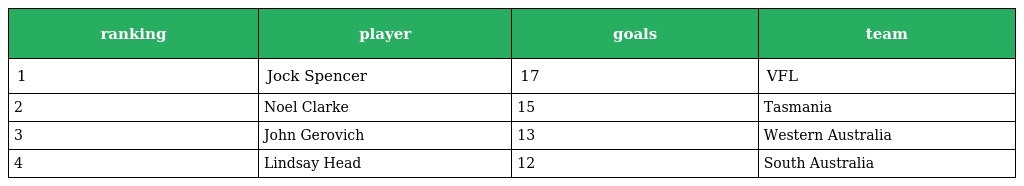
| ranking | player | goals | team |
 | --- | --- | --- | --- |
 | 1 | Jock Spencer | 17 | VFL |
 | 2 | Noel Clarke | 15 | Tasmania |
 | 3 | John Gerovich | 13 | Western Australia |
 | 4 | Lindsay Head | 12 | South Australia |